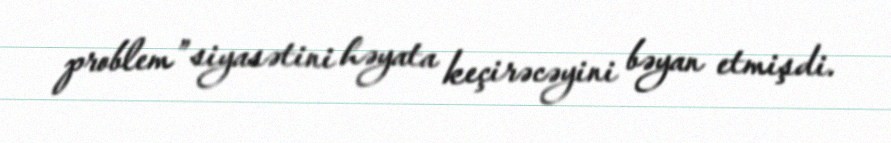
problem” siyasətini həyata keçirəcəyini bəyan etmişdi.